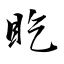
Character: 盵